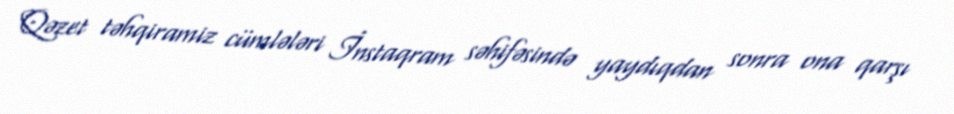
Qəzet təhqiramiz cümlələri İnstaqram səhifəsində yaydıqdan sonra ona qarşı